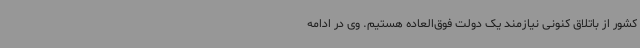
کشور از باتلاق کنونی نیازمند یک دولت فوق‌العاده هستیم. وی در ادامه